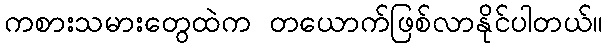
ကစားသမားတွေထဲက တယောက်ဖြစ်လာနိုင်ပါတယ်။